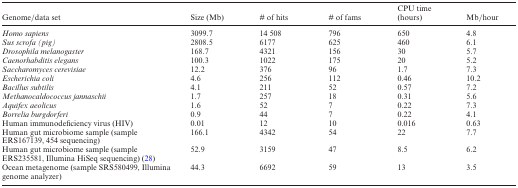
| Genome/data set | Size (Mb) | # of hits | # of fams | CPU time (hours) | Mb/hour |
 | --- | --- | --- | --- | --- | --- |
 | Homo sapiens | 3099.7 | 14 508 | 796 | 650 | 4.8 |
 | Sus scrofa (pig) | 2808.5 | 6177 | 625 | 460 | 6.1 |
 | Drosophila melanogaster | 168.7 | 4321 | 156 | 30 | 5.7 |
 | Caenorhabditis elegans | 100.3 | 1022 | 175 | 20 | 5.2 |
 | Saccharomyces cerevisiae | 12.2 | 376 | 96 | 1.7 | 7.3 |
 | Escherichia coli | 4.6 | 256 | 112 | 0.46 | 10.2 |
 | Bacillus subtilis | 4.1 | 211 | 52 | 0.57 | 7.2 |
 | Methanocaldococcus jannaschii | 1.7 | 257 | 18 | 0.31 | 5.6 |
 | Aquifex aeolicus | 1.6 | 52 | 7 | 0.22 | 7.3 |
 | Borrelia burgdorferi | 0.9 | 44 | 7 | 0.22 | 4.1 |
 | Human immunodeficiency virus (HIV) | 0.01 | 12 | 10 | 0.016 | 0.63 |
 | Human gut microbiome sample (sample ERS167139, 454 sequencing) | 166.1 | 4342 | 54 | 22 | 7.7 |
 | Human gut microbiome sample (sample ERS235581, Illumina HiSeq sequencing) (28) | 52.9 | 3159 | 47 | 8.5 | 6.2 |
 | Ocean metagenome (sample SRS580499, Illumina genome analyzer) | 44.3 | 6692 | 59 | 13 | 3.5 |